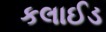
કલાઈડ